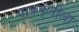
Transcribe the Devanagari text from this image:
पाककृतीला